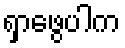
ရှာဖွေပါက